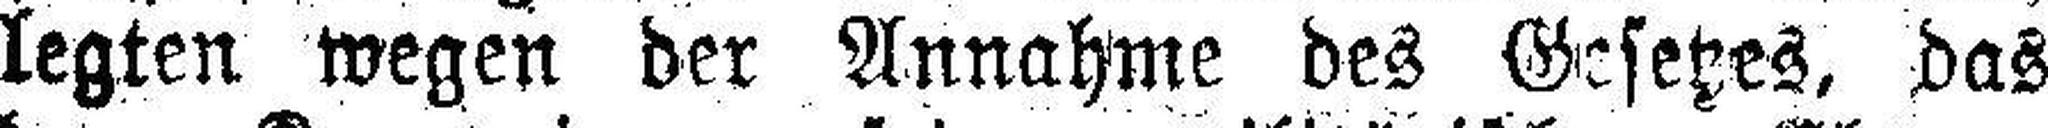
legten wegen der Annahme des Gesetzes, das